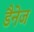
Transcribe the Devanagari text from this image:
डैनेज